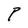
Character: P